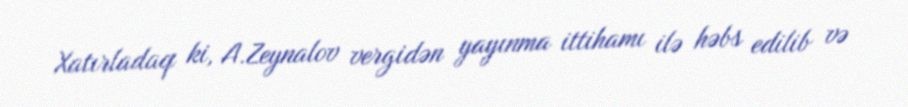
Xatırladaq ki, A.Zeynalov vergidən yayınma ittihamı ilə həbs edilib və